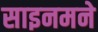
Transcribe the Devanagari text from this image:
साइनमने